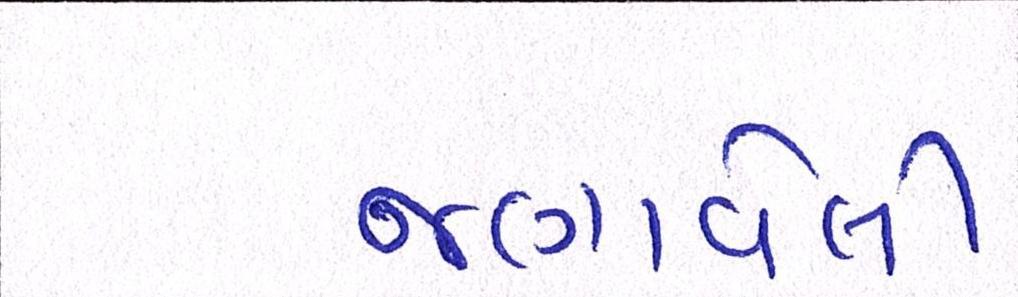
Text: જણાવેલી